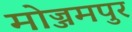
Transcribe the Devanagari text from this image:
मोज्जमपुर